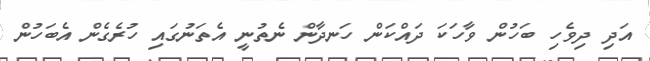
އަދި ދިވެހި ބަހުން ވާހަކަ ދައްކަން ހަނދާން ނެތުނީ އެތަނުގައި ހުރެގެން އެބަހުން